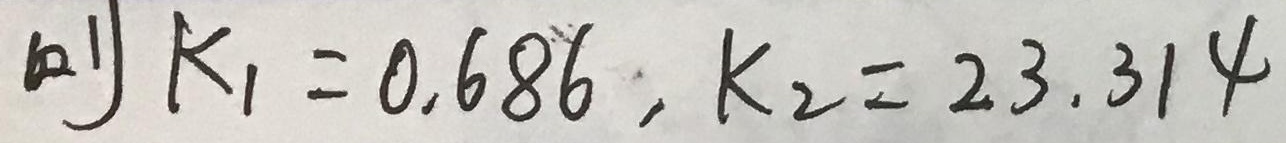
(2) \(K_{1}=0.686\), \(K_{2}=23.314\)